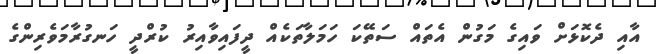
އާއި ދެކޮޅަށް ވައިގެ މަގުން އެތައް ސަތޭކަ ހަމަލާތަކެއް ދީފައިވާއިރު ކުރްދީ ހަނގުރާމަވެރިންގެ